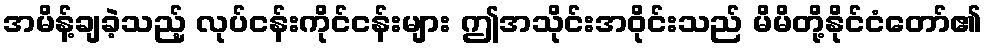
အမိန့်ချခဲ့သည့် လုပ်ငန်းကိုင်ငန်းများ ဤအသိုင်းအဝိုင်းသည် မိမိတို့နိုင်ငံတော်၏